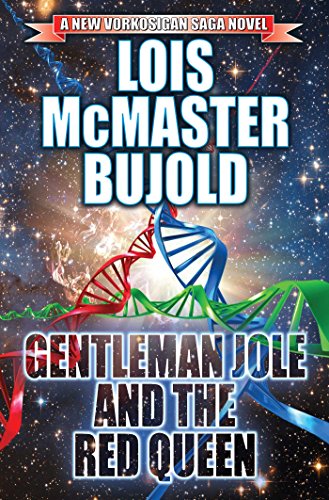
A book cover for Gentleman Jole and the Red Queen (Vorkosigan Saga); Lois McMaster Bujold; Science Fiction & Fantasy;